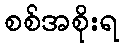
စစ်အစိုးရ